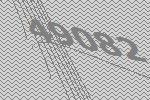
49082